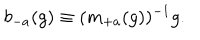
LaTeX: b _ { - a } ( g ) \equiv ( m _ { + a } ( g ) ) ^ { - 1 } g .